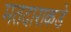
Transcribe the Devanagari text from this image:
मतदाराकडे